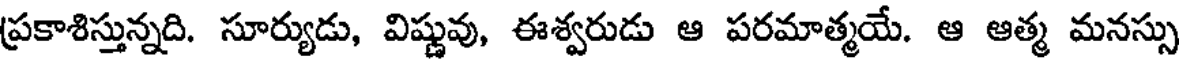
ప్రకాశిస్తున్నది. సూర్యుడు, విష్ణువు, ఈశ్వరుడు ఆ పరమాత్మయే. ఆ ఆత్మ మనస్సు